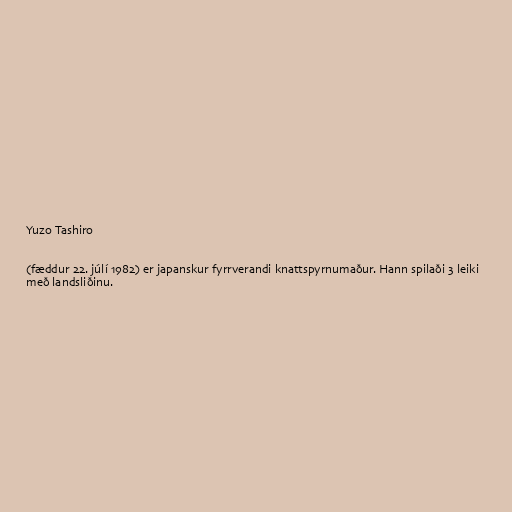
Yuzo Tashiro

(fæddur 22. júlí 1982) er japanskur fyrrverandi knattspyrnumaður. Hann spilaði 3 leiki
með landsliðinu.